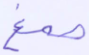
صمغ